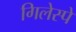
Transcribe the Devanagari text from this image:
गिलेस्पे